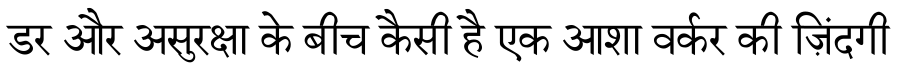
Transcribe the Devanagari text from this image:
डर और असुरक्षा के बीच कैसी है एक आशा वर्कर की ज़िंदगी